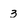
Character: 3